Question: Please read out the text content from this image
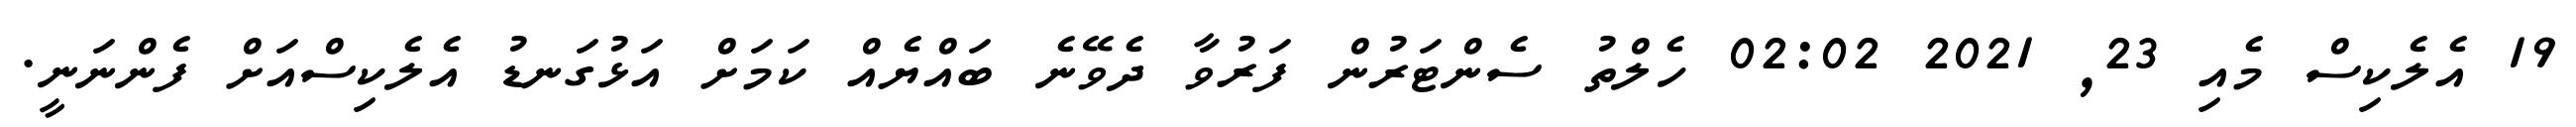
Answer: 19 އެލެކިސް މެއި 23, 2021 02:02 ހެލްތު ސެންޓަރުން ފަރުވާ ދެވޭނެ ބައްޔެއް ކަމަށް އަޅުގަނޑު އެލެކިސްއަށް ފެންނަނީ.